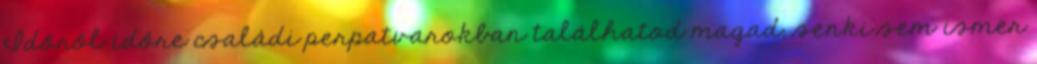
Időről időre családi perpatvarokban találhatod magad; senki sem ismer